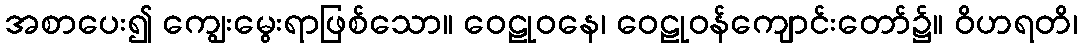
အစာပေး၍ ကျွေးမွေးရာဖြစ်သော။ ဝေဠုဝနေ၊ ဝေဠုဝန်ကျောင်းတော်၌။ ဝိဟရတိ၊